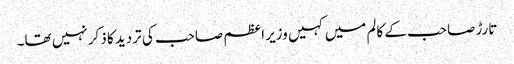
تارڑ صاحب کے کالم میں کہیں وزیر اعظم صاحب کی تردید کا ذکر نہیں تھا۔